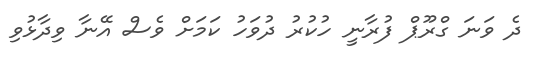
ދެ ވަނަ ގްރޫޕް ފުރާނީ ހުކުރު ދުވަހު ކަމަށް ވެސް އޭނާ ވިދާޅުވި